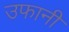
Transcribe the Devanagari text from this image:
उफानी